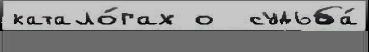
катало́гах о  судьба́